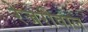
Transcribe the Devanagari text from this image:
रेजरीवाल